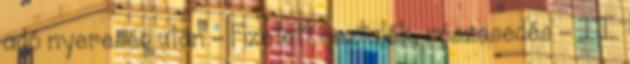
adó nyereség után – Fizetett osztalék, részesedés – II.